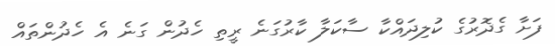
ފަށާ ގެދޮރުގެ ކުލިދައްކާ ސާކަލާ ކާރުގަނެ ރީތި ހެދުން ގަނެ އެ ހެދުންތައް